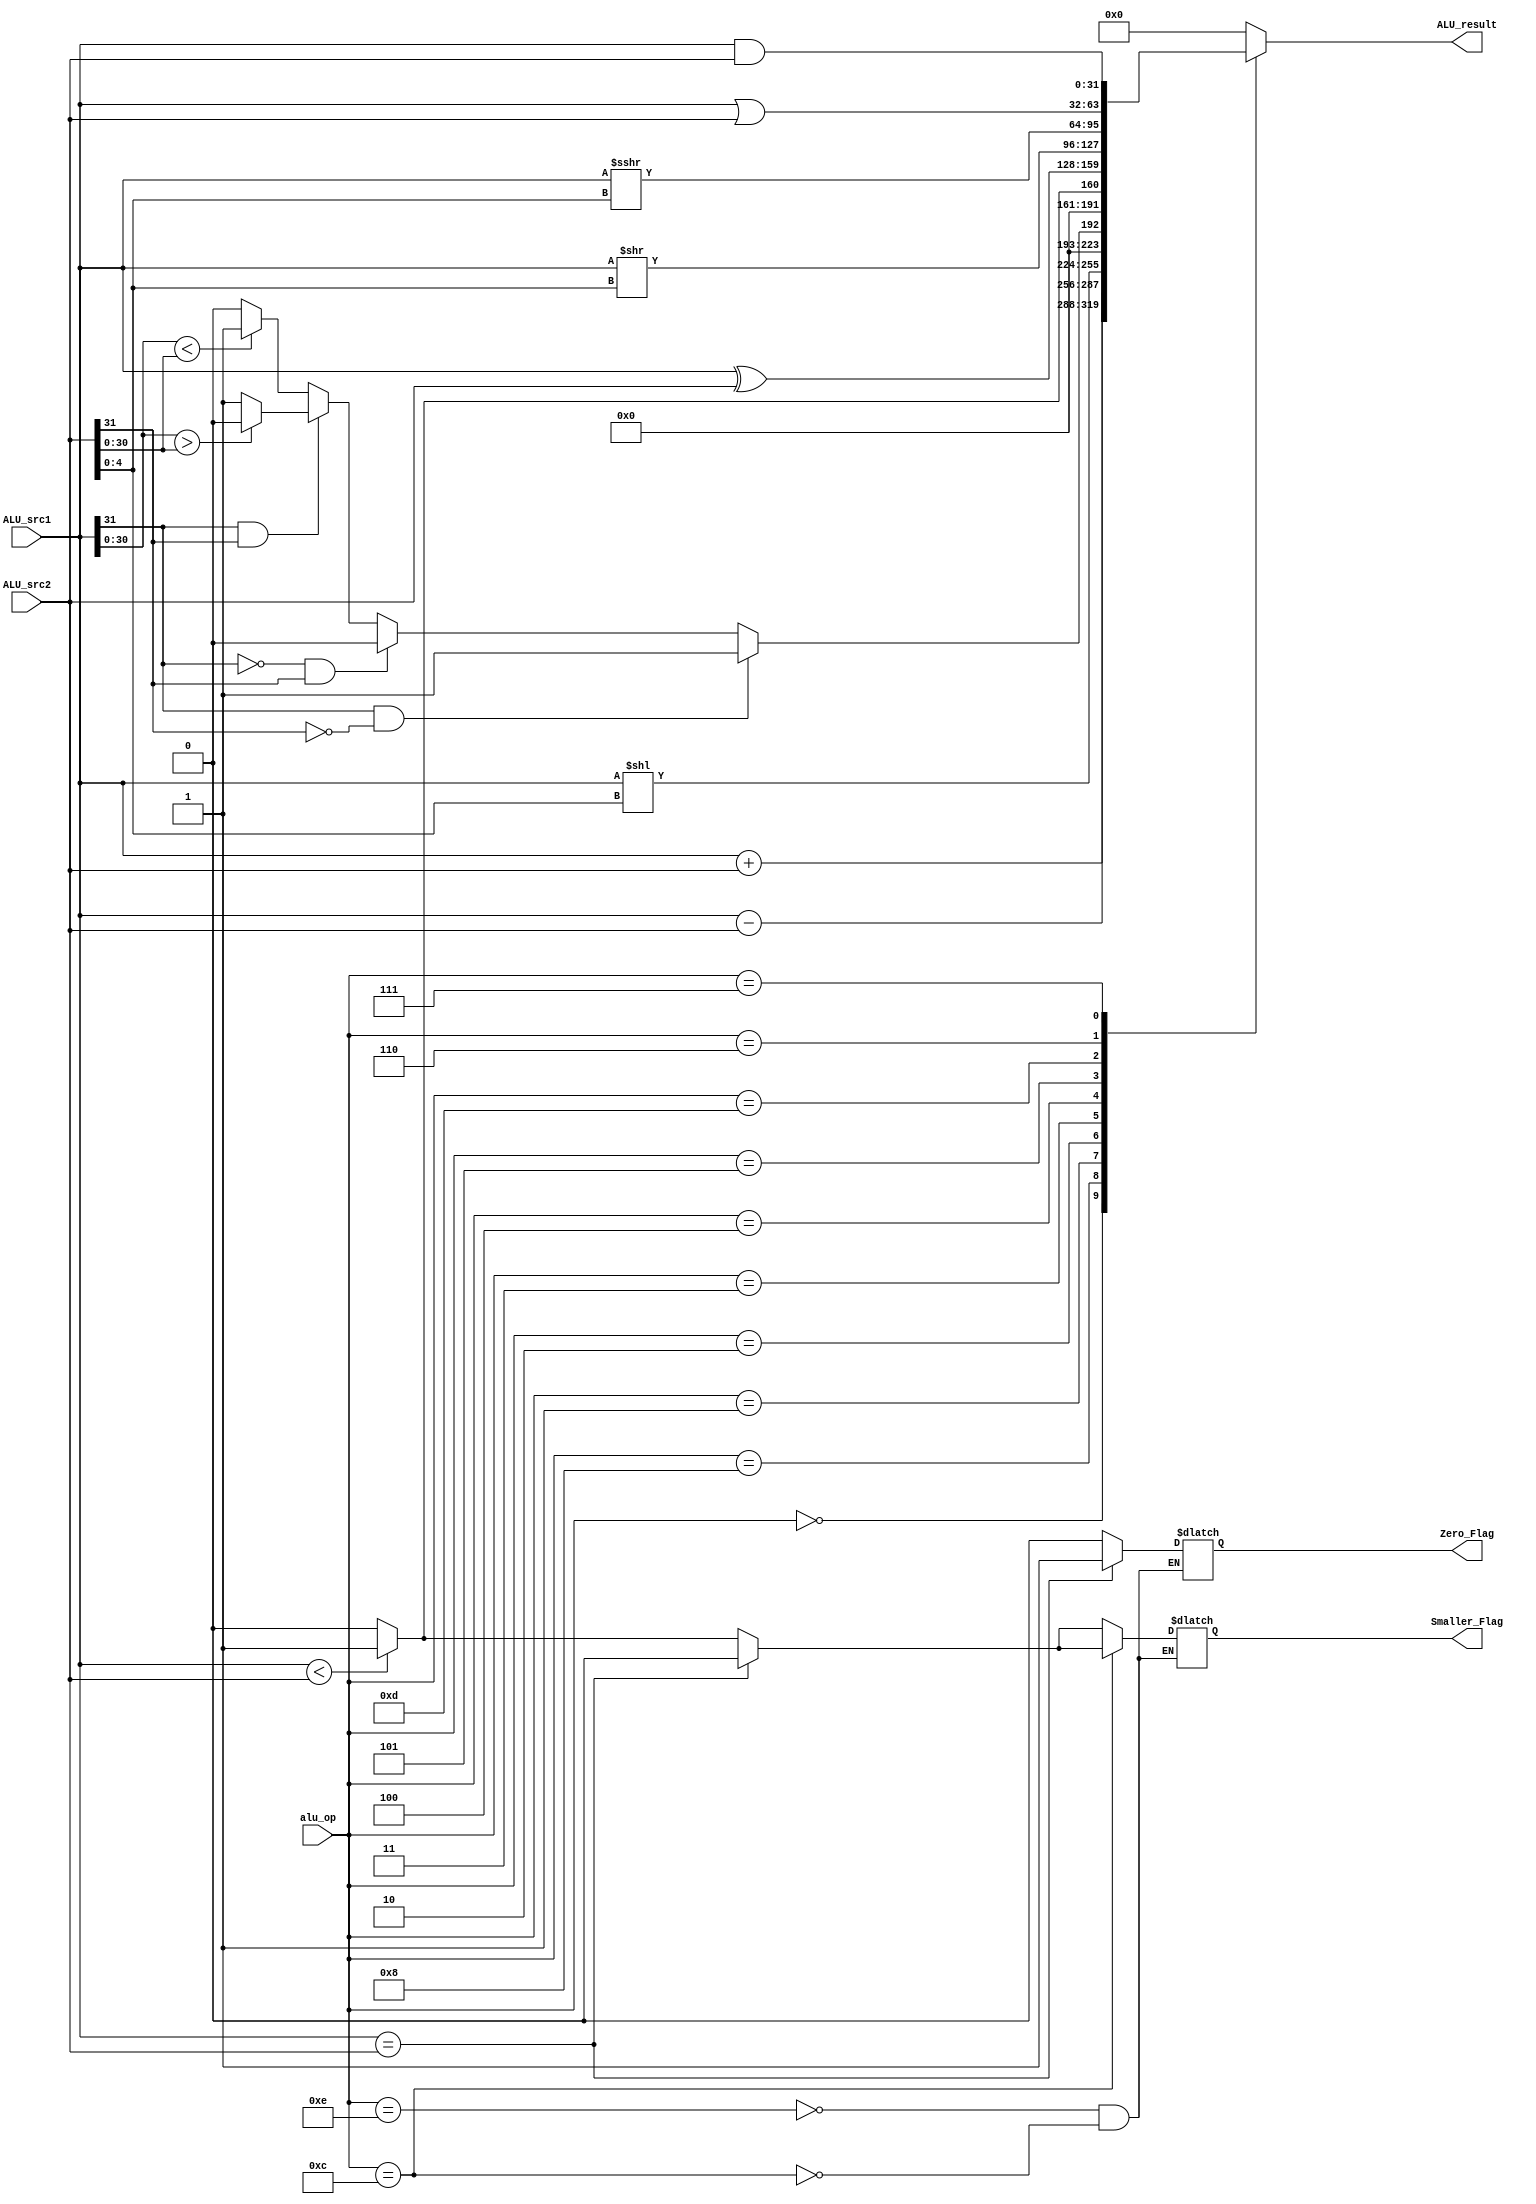
`timescale 1ns / 1ps

module ALU(
input [31:0] ALU_src1,      //ALU A
input [31:0] ALU_src2,      //ALU B
input [3:0] alu_op,         //ALU 
output reg [31:0] ALU_result,       //ALU 
output reg Zero_Flag,                //
output reg Smaller_Flag
    );

always @ (*)
begin
    case (alu_op)
        4'b0000:            //ADD
        begin
            ALU_result <= ALU_src1 + ALU_src2;
        end
            
        4'b1000:            //SUB
        begin
            ALU_result <= ALU_src1 - ALU_src2;
        end
            
        4'b0001:            //SLL
        begin
            ALU_result <= ALU_src1<<(ALU_src2[4:0]);
        end
            
        4'b0010:             //SLT
        begin
            
            if(ALU_src1[31] == 1'b1 && ALU_src2[31] == 1'b0)
                ALU_result <= 32'b1;
            else if(ALU_src1[31] == 1'b0 && ALU_src2[31] == 1'b1)
                ALU_result <= 32'b0;
            else if(ALU_src1[31] == 1'b1 && ALU_src2[31] == 1'b1)
                ALU_result <= (ALU_src1[30:0] > ALU_src2[30:0]) ? 32'b0 : 32'b1;
            else
                ALU_result <= (ALU_src1[30:0] < ALU_src2[30:0]) ? 32'b1 : 32'b0;
                
        end
            
        4'b0011:             //SLTU
        begin
            ALU_result <= (ALU_src1 < ALU_src2) ? 32'b1 : 32'b0;
        end
            
        4'b0100:             //XOR
        begin
            ALU_result <= ALU_src1 ^ ALU_src2;
        end
            
        4'b0101:             //SRL
        begin
            ALU_result <= ALU_src1 >> (ALU_src2[4:0]);
        end
            
        4'b1101:            //SRA
        begin
            ALU_result <= ALU_src1 >>> (ALU_src2[4:0]);
        end
            
        4'b0110:            //OR
        begin
            ALU_result <= ALU_src1 | ALU_src2;
        end
            
        4'b0111:            //AND
            begin
            ALU_result <= ALU_src1 & ALU_src2;
            end
        
        4'b1110:            //
        begin
            ALU_result <= 32'b0;
            
            if(ALU_src1 == ALU_src2)
            begin
                Zero_Flag <= 1'b1;
                Smaller_Flag <= 1'b0;
            end
            
            else if({1'b0, ALU_src1} < {1'b0, ALU_src2})
            begin
                Zero_Flag <= 1'b0;
                Smaller_Flag <= 1'b1;
            end
            
            else 
            begin
                Zero_Flag <= 1'b0;
                Smaller_Flag <= 1'b0;
            end
        end
            
        4'b1100:            //
        begin
        
            ALU_result <= 32'b0;
        
            if(ALU_src1 == ALU_src2)
            begin
                Zero_Flag <= 1'b1;
                Smaller_Flag <= 1'b0;
            end
            
            else if(ALU_src1 < ALU_src2)
            begin
                Zero_Flag <= 1'b0;
                Smaller_Flag <= 1'b1;
            end
            
            else
            begin
                Zero_Flag <= 1'b0;
                Smaller_Flag <= 1'b0;
            end
        end
        
        default:            //
            ALU_result <= 32'b0;
    endcase
end

endmodule